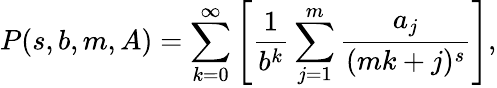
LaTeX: P(s,b,m,A)=\sum_{k=0}^{\infty}\left[{\frac{1}{b^{k}}}\sum_{j=1}^{m}{\frac{a_{j}}{(mk+j)^{s}}}\right],